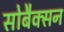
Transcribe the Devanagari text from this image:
सोबैक्सन